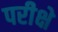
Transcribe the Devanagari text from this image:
परीक्षे